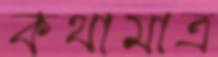
কথামাত্র